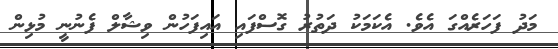
މަދު ފަހަރެއްގަ އެވެ. އެކަމަކު ދަތުރު ގޮސްފައި އައިފަހުން ވިޝާލް ފެނުނީ މުޅިން